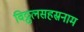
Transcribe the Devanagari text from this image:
विठ्ठलसहस्रनाम